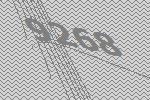
9268